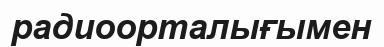
радиоорталығымен